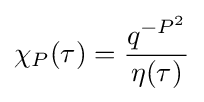
\chi _{P}(\tau )={\frac {q^{-P^{2}}}{\eta (\tau )}}